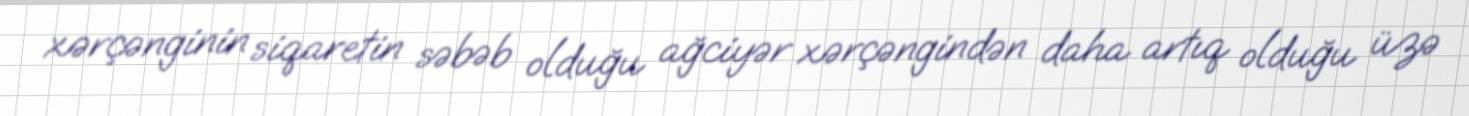
xərçənginin siqaretin səbəb olduğu ağciyər xərçəngindən daha artıq olduğu üzə